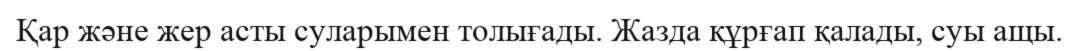
Қар және жер асты суларымен толығады. Жазда құрғап қалады, суы ащы.